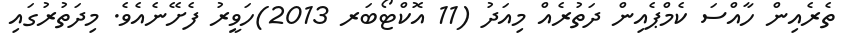
ތެރެއިން ހާއްސަ ކެމްޕެއިން ދަތުރެއް މިއަދު (11 އޮކްޓޯބަރ 2013)ހަވީރު ފެށޭނެއެވެ. މިދަތުރުގައި